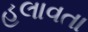
હલાવતા